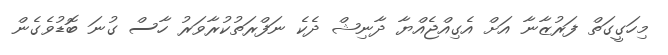
މިހަގީގަތް ފަރުޒާނާ އަށް އެގިއްޖެއްޔާ ދާނިޝް ދެކެ ނަފްރަތުކުރާވަރު ހާސް ގުނަ ބޮޑުވެގެން